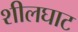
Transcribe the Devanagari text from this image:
शीलघाट